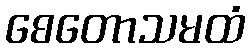
စေတောသမထံ